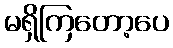
မရှိကြတော့ပေ